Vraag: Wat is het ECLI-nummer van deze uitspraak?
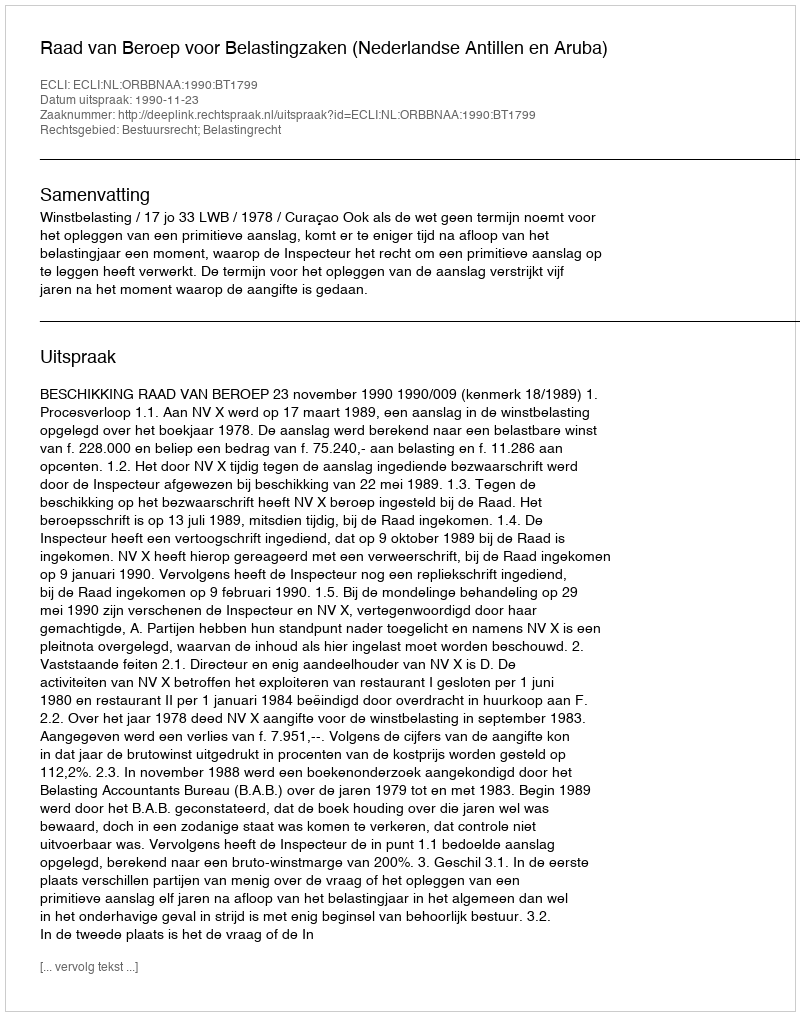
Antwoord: ECLI:NL:ORBBNAA:1990:BT1799